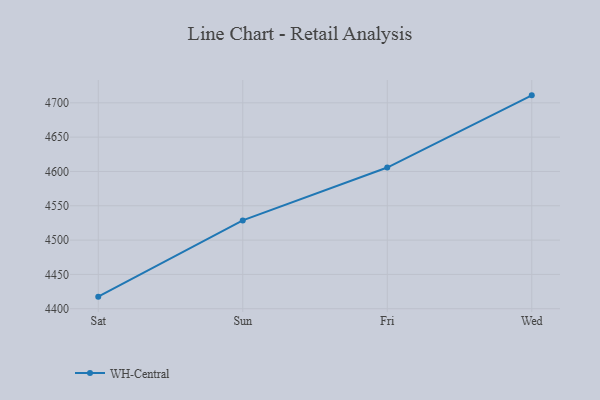
{"axis": {"x": "Day", "y": "Production Output"}, "legend": ["WH-Central"], "data": [{"x": "Sat", "y": 4417.6, "type": "WH-Central"}, {"x": "Sun", "y": 4528.7, "type": "WH-Central"}, {"x": "Fri", "y": 4605.7, "type": "WH-Central"}, {"x": "Wed", "y": 4710.9, "type": "WH-Central"}]}